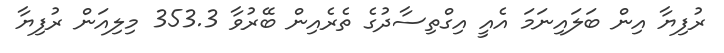
ރުފިޔާ އިން ބަލައިނަމަ އެއީ އިގްތިސާދުގެ ތެރެއިން ބޭރުވާ 353.3 މިލިއަން ރުފިޔާ